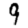
Digit: 9